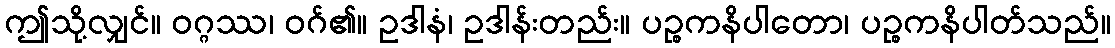
ဤသို့လျှင်။ ဝဂ္ဂဿ၊ ဝဂ်၏။ ဥဒါနံ၊ ဥဒါန်းတည်း။ ပဉ္စကနိပါတော၊ ပဉ္စကနိပါတ်သည်။